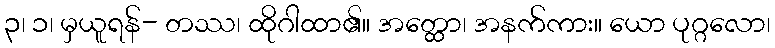
၃၊ ၁၊ မှယူရန်- တဿ၊ ထိုဂါထာ၏။ အတ္ထော၊ အနက်ကား။ ယော ပုဂ္ဂလော၊